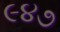
૯૪૭